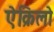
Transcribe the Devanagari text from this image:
ऐक्रिलो